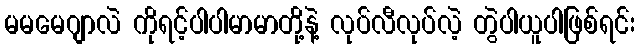
မမမေဂျာလဲ ကိုရင့်ပါပါမာမာတို့နဲ့ လုပ်လီလုပ်လဲ့ တွဲပါယူပါဖြစ်ရင်း